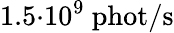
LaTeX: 1.5{\cdot}10^{9}\ \mathrm{phot}/\mathrm{s}